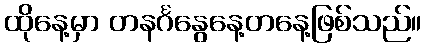
ထိုနေ့မှာ တနင်္ဂနွေနေ့တနေ့ဖြစ်သည်။